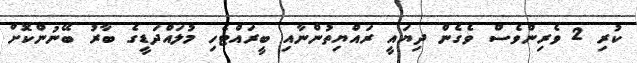
ކުރި 2 ވެރިންވެސް ވެގެން ދިޔައީ ރައްޔިތުންނާއި ބީރައްޓެހި މުލައްދަޑީގެ ބާރު ބޭނުންކޮށް